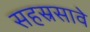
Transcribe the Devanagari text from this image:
सहस्रसावे